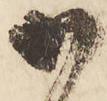
御